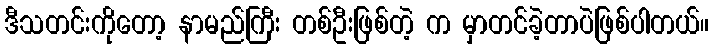
ဒီသတင်းကိုတော့ နာမည်ကြီး တစ်ဦးဖြစ်တဲ့ က မှာတင်ခဲ့တာပဲဖြစ်ပါတယ်။